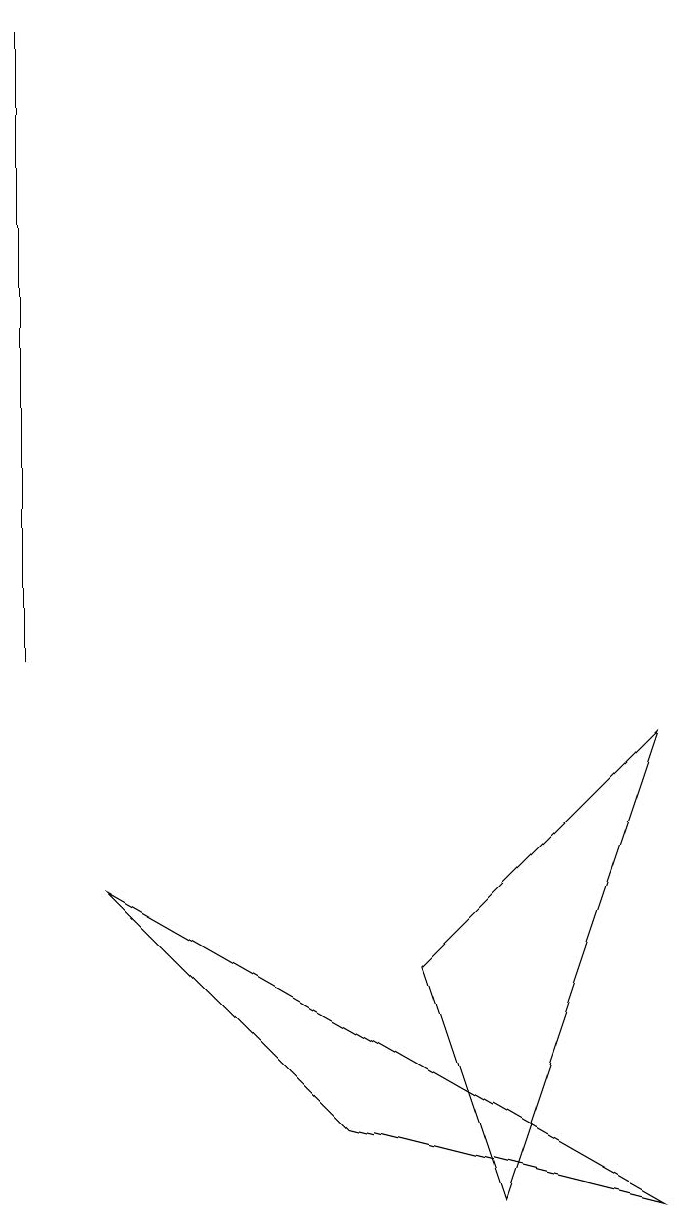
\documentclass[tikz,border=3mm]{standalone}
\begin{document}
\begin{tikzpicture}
\draw (2,7) -- (5,4) -- (9,3) -- cycle;
\draw (1,18) rectangle (1,10);
\draw (9,9) -- (7,3) -- (6,6) -- cycle;
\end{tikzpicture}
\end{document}